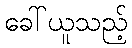
ခေါ်ယူသည့်